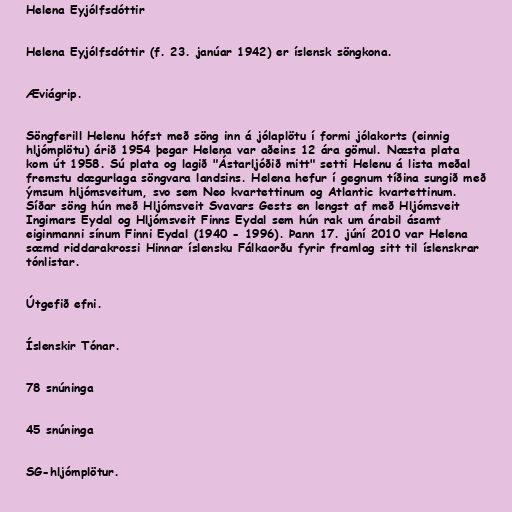
Helena Eyjólfsdóttir

Helena Eyjólfsdóttir (f. 23. janúar 1942) er íslensk söngkona.

Æviágrip.

Söngferill Helenu hófst með söng inn á jólaplötu í formi jólakorts (einnig
hljómplötu) árið 1954 þegar Helena var aðeins 12 ára gömul. Næsta plata
kom út 1958. Sú plata og lagið "Ástarljóðið mitt" setti Helenu á lista meðal
fremstu dægurlaga söngvara landsins. Helena hefur í gegnum tíðina sungið með
ýmsum hljómsveitum, svo sem Neo kvartettinum og Atlantic kvartettinum.
Síðar söng hún með Hljómsveit Svavars Gests en lengst af með Hljómsveit
Ingimars Eydal og Hljómsveit Finns Eydal sem hún rak um árabil ásamt
eiginmanni sínum Finni Eydal (1940 - 1996). Þann 17. júní 2010 var Helena
sæmd riddarakrossi Hinnar íslensku Fálkaorðu fyrir framlag sitt til íslenskrar
tónlistar.

Útgefið efni.

Íslenskir Tónar.

78 snúninga

45 snúninga

SG-hljómplötur.